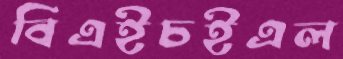
বিএইচইএল